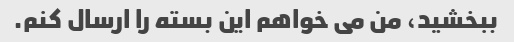
ببخشید، من می خواهم این بسته را ارسال کنم.